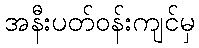
အနီးပတ်ဝန်းကျင်မှ